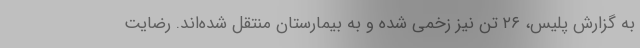
به گزارش پلیس، ۲۶ تن نیز زخمی شده و به بیمارستان منتقل شده‌اند. رضایت